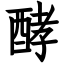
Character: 酵